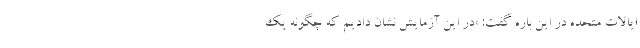
ایالات متحده در این باره گفت: «در این آزمایش نشان دادیم که چگونه یک